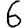
Digit: 6